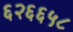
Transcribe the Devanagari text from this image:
६२६६५८